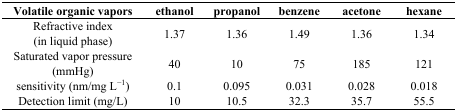
<table><thead><tr><td><b>Volatile organic vapors</b></td><td><b>ethanol</b></td><td><b>propanol</b></td><td><b>benzene</b></td><td><b>acetone</b></td><td><b>hexane</b></td></tr></thead><tbody><tr><td>Refractive index (in liquid phase)</td><td>1.37</td><td>1.36</td><td>1.49</td><td>1.36</td><td>1.34</td></tr><tr><td>Saturated vapor pressure (mmHg)</td><td>40</td><td>10</td><td>75</td><td>185</td><td>121</td></tr><tr><td>sensitivity (nm/mg L<sup>−1</sup>)</td><td>0.1</td><td>0.095</td><td>0.031</td><td>0.028</td><td>0.018</td></tr><tr><td>Detection limit (mg/L)</td><td>10</td><td>10.5</td><td>32.3</td><td>35.7</td><td>55.5</td></tr></tbody></table>